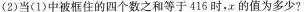
(2)当(1)中被框住的四个数之和等于416时，x的值为多少?